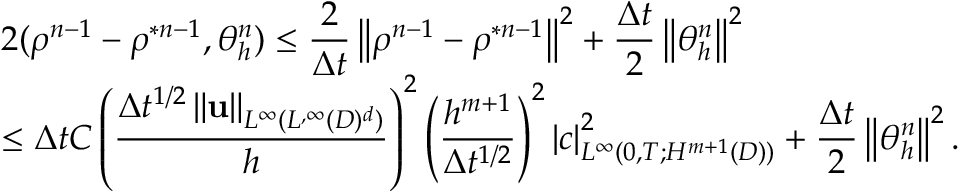
\begin{array} { l } { 2 ( \rho ^ { n - 1 } - \rho ^ { \ast n - 1 } , \theta _ { h } ^ { n } ) \leq \displaystyle \frac { 2 } { \Delta t } \left\Vert \rho ^ { n - 1 } - \rho ^ { \ast n - 1 } \right\Vert ^ { 2 } + \displaystyle \frac { \Delta t } { 2 } \left\Vert \theta _ { h } ^ { n } \right\Vert ^ { 2 } } \\ { \leq \Delta t C \displaystyle \left( \frac { \Delta t ^ { 1 / 2 } \left\Vert \mathbf { u } \right\Vert _ { L ^ { \infty } ( L ^ { , \infty } ( D ) ^ { d } ) } } { h } \right) ^ { 2 } \left( \frac { h ^ { m + 1 } } { \Delta t ^ { 1 / 2 } } \right) ^ { 2 } \left\vert c \right\vert _ { L ^ { \infty } ( 0 , T ; H ^ { m + 1 } ( D ) ) } ^ { 2 } + \displaystyle \frac { \Delta t } { 2 } \left\Vert \theta _ { h } ^ { n } \right\Vert ^ { 2 } . } \end{array}